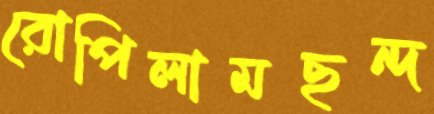
রোপিলামছন্দ